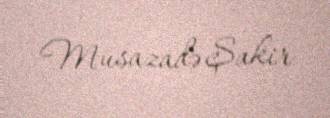
Musazadə Şakir